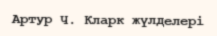
Артур Ч. Кларк жүлделері